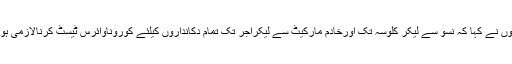
انہوں نے کہا کہ نسو سے لیکر کلوسہ تک اورخادم مارکیٹ سے لیکرآجر تک تمام دکانداروں کیلئے کوروناوائرس ٹیسٹ کرنالازمی ہوگا۔